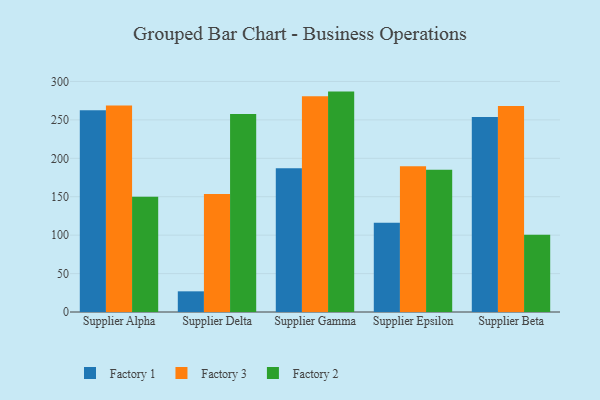
{"axis": {"x": "Supplier", "y": "Budget (USD K)"}, "legend": ["Factory 1", "Factory 2", "Factory 3"], "data": [{"x": "Supplier Alpha", "y": 262.4, "type": "Factory 1"}, {"x": "Supplier Alpha", "y": 268.7, "type": "Factory 3"}, {"x": "Supplier Alpha", "y": 150.0, "type": "Factory 2"}, {"x": "Supplier Delta", "y": 26.9, "type": "Factory 1"}, {"x": "Supplier Delta", "y": 153.4, "type": "Factory 3"}, {"x": "Supplier Delta", "y": 257.5, "type": "Factory 2"}, {"x": "Supplier Gamma", "y": 187.1, "type": "Factory 1"}, {"x": "Supplier Gamma", "y": 280.6, "type": "Factory 3"}, {"x": "Supplier Gamma", "y": 286.8, "type": "Factory 2"}, {"x": "Supplier Epsilon", "y": 116.2, "type": "Factory 1"}, {"x": "Supplier Epsilon", "y": 189.8, "type": "Factory 3"}, {"x": "Supplier Epsilon", "y": 185.0, "type": "Factory 2"}, {"x": "Supplier Beta", "y": 253.6, "type": "Factory 1"}, {"x": "Supplier Beta", "y": 267.9, "type": "Factory 3"}, {"x": "Supplier Beta", "y": 100.6, "type": "Factory 2"}]}